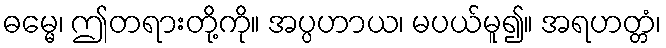
ဓမ္မေ၊ ဤတရားတို့ကို။ အပ္ပဟာယ၊ မပယ်မူ၍။ အရဟတ္တံ၊